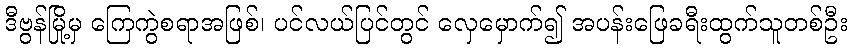
ဒီဗွန်မြို့မှ ကြေကွဲစရာအဖြစ်၊ ပင်လယ်ပြင်တွင် လှေမှောက်၍ အပန်းဖြေခရီးထွက်သူတစ်ဦး